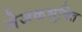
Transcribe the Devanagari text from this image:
जेजकभुक्ति